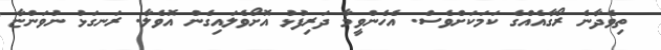
ތިވެދާނެ ރޯގާއެއްގެ ކަމަކަށްވެސް. އެހެންވީމާ ދަރިފުޅު އޮށޯވެލައިގެން އޮވެލާ. ރަނގަޅު ނުވަންޏާ